Senior Leaving Certificate Examination (including Day School Certificate (Higher) General paper), 1949
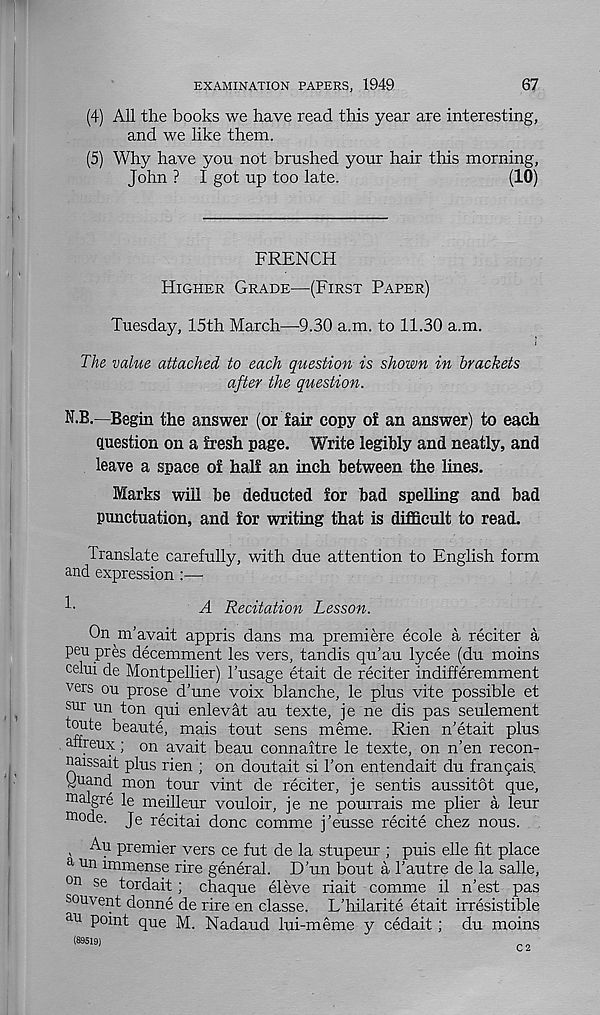
EXAMINATION PAPERS, 1949
67
(4) All the books we have read this year are interesting,
and we like them.
(5) Why have you not brushed your hair this morning,
John ? I got up too late.
(10)
FRENCH
Higher Grade—(First Paper)
Tuesday, 15th March—9.30 a.m. to 11.30 a.m.
The value attached to each question is shown in brackets
after the question.
N.B.—Begin the answer (or fair copy of an answer) to each
question on a fresh page. Write legibly and neatly, and
leave a space of half an inch between the lines.
Marks will be deducted for bad spelling and bad
punctuation, and for writing that is difficult to read.
Translate carefully, with due attention to English form
and expression :—
A Recitation Lesson.
On m’avait appris dans ma premiere ecole a reciter a
peu pres decemment les vers, tandis qu’au lycee (du moins
celui de Montpellier) 1’usage etait de reciter indifferemment
vers ou prose d’une voix blanche, le plus vite possible et
sur un ton qui enlevat au texte, je ne dis pas seulement
toute beaute, mais tout sens meme. Rien n’etait plus
anreux; on avait beau connaitre le texte, on n’en recon-
naissait plus rien ; on doutait si Ton entendait du frangais.
Ouand mon tour vint de reciter, je sentis aussitot que,
m algre le meilleur vouloir, je ne pourrais me plier a leur
m°d e. Je recitai done comme j'eusse recite chez nous.
, Au premier vers ce fut de la stupeur ; puis elle fit place
a un immense rire general. D’un bout a hautre de la salle,
0n se tordait; chaque eleve riait comme il n’est pas
souvent donne de rire en classe. L’hilarite etait irresistible
au P°iut que M. Nadaud lui-meme y cedait; du moins
(89519)
C 2